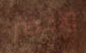
واحضر